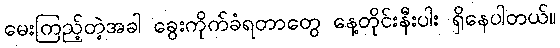
မေးကြည့်တဲ့အခါ ခွေးကိုက်ခံရတာတွေ နေ့တိုင်းနီးပါး ရှိနေပါတယ်။